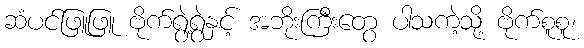
ဆံပင်ဖြူဖြူ ဗိုက်ရွဲ့ရွဲနှင့် အဘိုးကြီးတွေ ပါသကဲ့သို့ ဗိုက်စူစူ၊